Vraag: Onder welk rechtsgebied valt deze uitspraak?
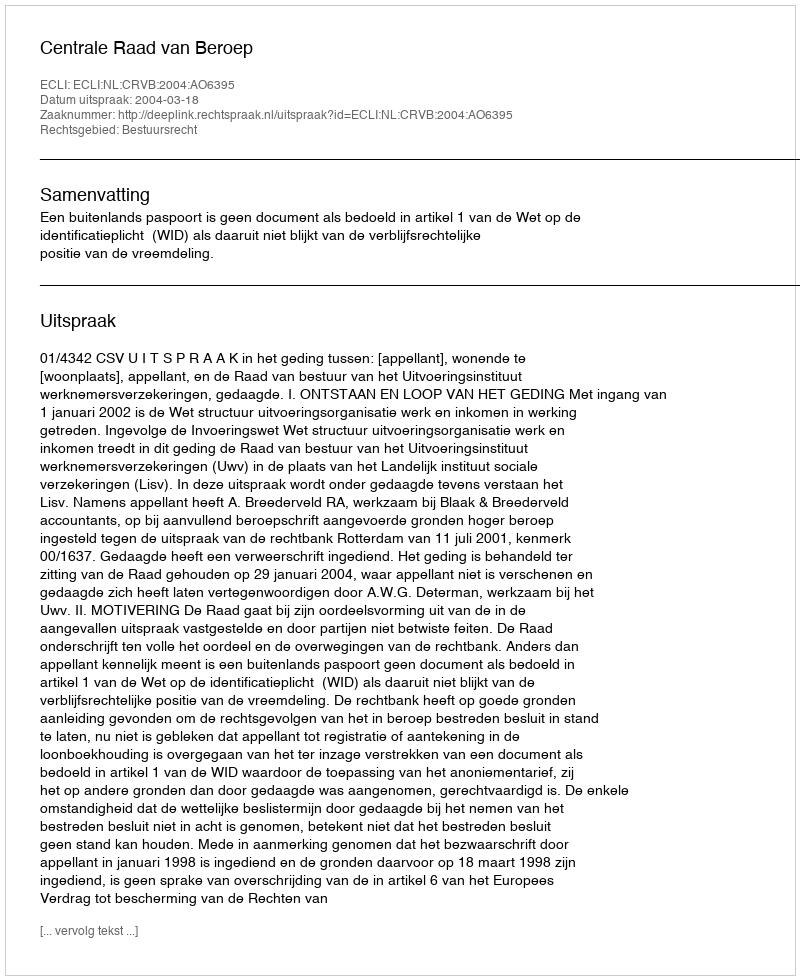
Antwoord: Bestuursrecht